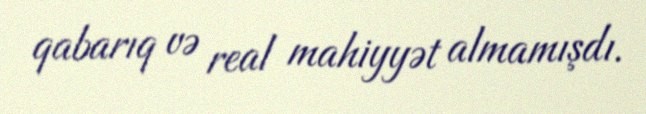
qabarıq və real mahiyyət almamışdı.